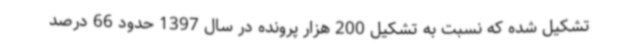
تشکیل شده که نسبت به تشکیل 200 هزار پرونده در سال 1397 حدود 66 درصد